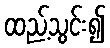
ထည့်သွင်း၍